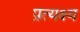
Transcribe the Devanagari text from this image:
प्रत्यक्ष्य